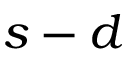
s - d